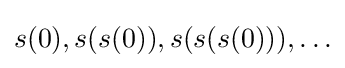
s(0),s(s(0)),s(s(s(0))),\ldots